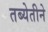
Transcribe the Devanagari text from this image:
तब्येतीने